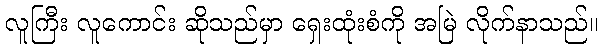
လူကြီး လူကောင်း ဆိုသည်မှာ ရှေးထုံးစံကို အမြဲ လိုက်နာသည်။